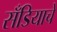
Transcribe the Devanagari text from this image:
सँडियाचे